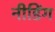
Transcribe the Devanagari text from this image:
नीडिंग